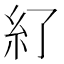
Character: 𥾇